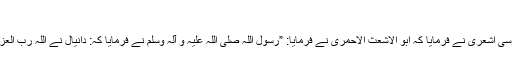
[3]‎ ​
ابو بکر بن ابو الدنیا نے کہا ہے کہ ابو بلال بن حارث بن عبداللہ بن ابو بردہ بن ابو موسیٰ اشعری نے فرمایا کہ ابو الاشعث الاحمری نے فرمایا: ”رسول اللہ صلی اللہ علیہ و آلہ وسلم نے فرمایا کہ: دانیال نے اللہ رب العزت سے دعا کی تھی کہ مجھے محمد صلی اللہ علیہ و آلہ و سلم) کی امت دفن کرے“۔